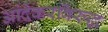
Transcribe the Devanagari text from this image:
आंदेकरविरुद्ध